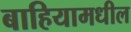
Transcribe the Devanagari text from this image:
बाहियामधील